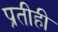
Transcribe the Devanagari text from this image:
प्रतीही